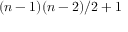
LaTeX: ( n - 1 ) ( n - 2 ) / 2 + 1